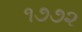
૧૭૭૨